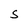
Character: S